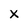
Character: X